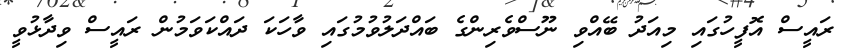
ރައީސް އޮފީހުގައި މިއަދު ބޭއްވި ނޫސްވެރިންގެ ބައްދަލުވުމުގައި ވާހަކަ ދައްކަވަމުން ރައީސް ވިދާޅުވީ